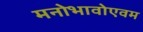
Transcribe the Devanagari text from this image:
मनोभावोएवम